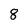
Character: 8